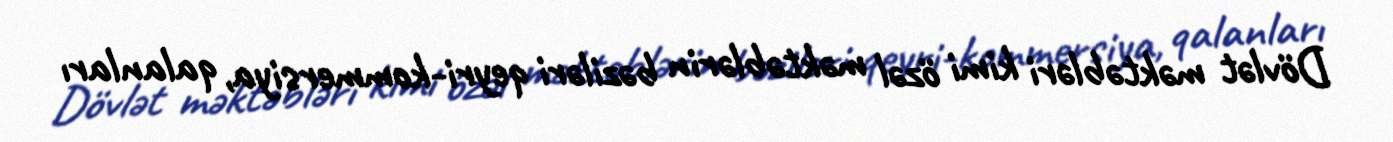
Dövlət məktəbləri kimi özəl məktəblərin bəziləri qeyri-kommersiya, qalanları